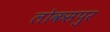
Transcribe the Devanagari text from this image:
लोकसपुर